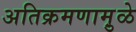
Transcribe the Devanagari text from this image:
अतिक्रमणामु़ळे